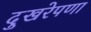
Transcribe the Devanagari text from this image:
दुखरेपणा